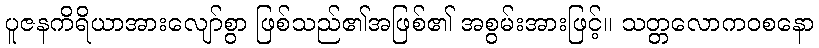
ပူဇနကိရိယာအားလျော်စွာ ဖြစ်သည်၏အဖြစ်၏ အစွမ်းအားဖြင့်။ သတ္တလောကဝစနော